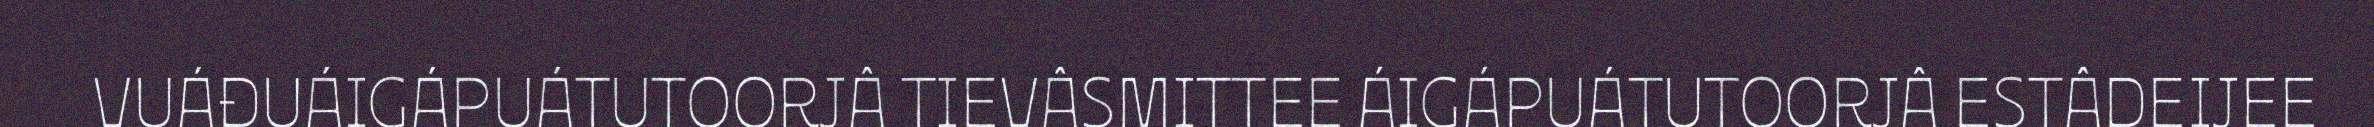
VUÁĐUÁIGÁPUÁTUTOORJÂ TIEVÂSMITTEE ÁIGÁPUÁTUTOORJÂ ESTÂDEIJEE